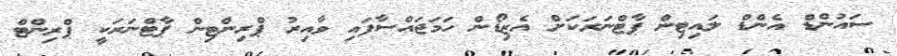
ސައުންޑް އެންޑް ލައިޓިން ޕާޓްނަރަކަށް އެޒިޑޯން ހަމަޖައްސާފައި ވާއިރު ޕްރިންޓިން ޕާޓްނަރަކީ ޕްރިންޓް